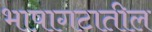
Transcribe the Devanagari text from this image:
भाषागटातील